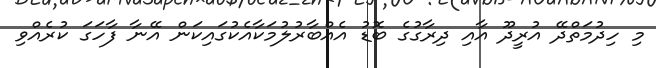
މި ހިދުމަތްދޭ އުރީދޫ އާއި ދިރާގުގެ ބޮޑު އެއްބާރުލުމަކާއެކުގައިކަން އޭނާ ފާހަގަ ކުރެއްވި